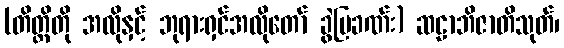
(တိတ္ထိတို အလိုနှင့် ဘုရားရှင်အလိုတော် ခွဲပြခဏ်း) ဆဠာဘိဇာတိသုတ်၊